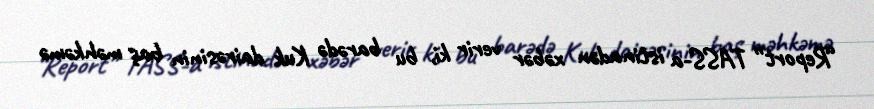
“Report” TASS-a istinadən xəbər verir ki, bu barədə Kuk dairəsinin baş məhkəmə